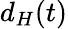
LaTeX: d_{H}(t)